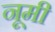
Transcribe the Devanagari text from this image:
नूमी